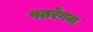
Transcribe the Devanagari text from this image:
पतरेंगवा